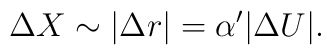
\Delta X \sim |\Delta r| = \alpha' |\Delta U|  .